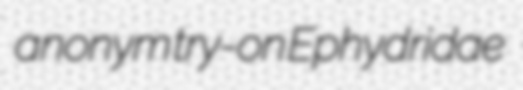
anonym try-on Ephydridae